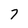
Character: 7